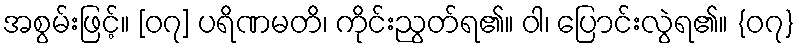
အစွမ်းဖြင့်။ [၀၇] ပရိဏမတိ၊ ကိုင်းညွတ်ရ၏။ ဝါ၊ ပြောင်းလွဲရ၏။ {၀၇}